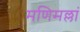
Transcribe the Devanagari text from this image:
मणिमल्लां